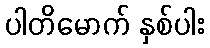
ပါတိမောက် နှစ်ပါး